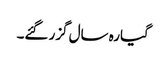
گیارہ سال گزر گئے۔